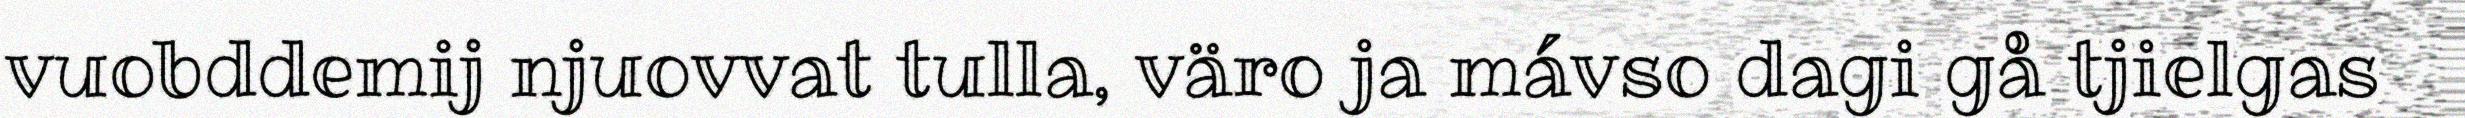
vuobddemij njuovvat tulla, väro ja mávso dagi gå tjielgas